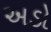
અડો